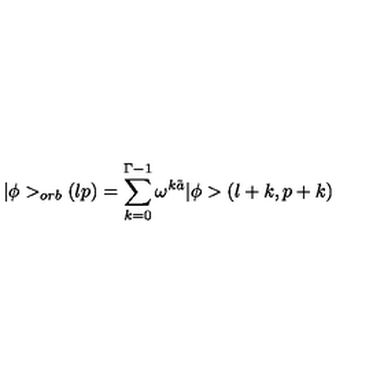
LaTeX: \vert \phi > _ { o r b } ( l p ) = \sum _ { k = 0 } ^ { \Gamma - 1 } \omega ^ { k \tilde { a } } \vert \phi > ( l + k , p + k )